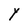
Character: Y